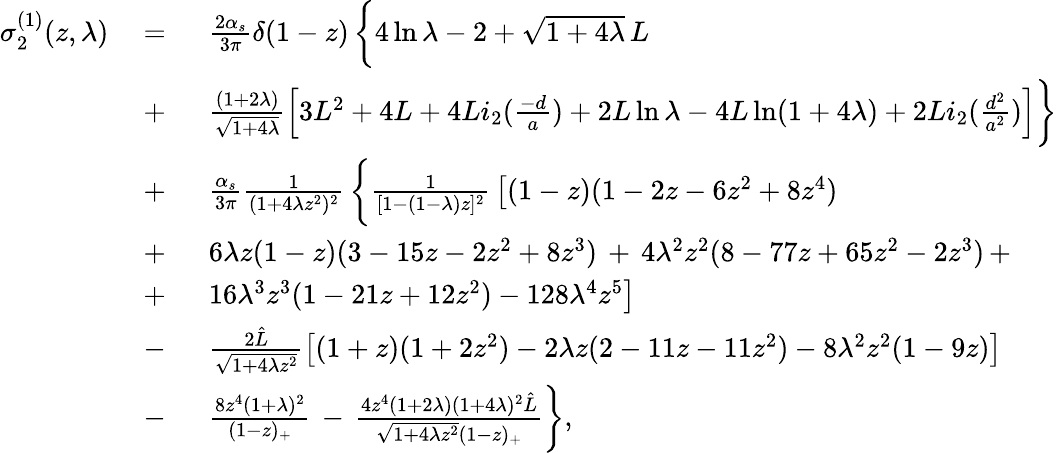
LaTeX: \begin{array}{lll}{{\sigma_{2}^{(1)}(z,\lambda)\ }}&{{=\ }}&{{\frac{2\alpha_{s}}{3\pi}\delta(1-z)\, \biggl\{ 4\ln\lambda-2+\sqrt{1+4\lambda}\, L}}\\ {{}}&{{+}}&{{\frac{(1+2\lambda)}{\sqrt{1+4\lambda}}\left[3L^{2}+4L+4Li_{2}(\frac{-d}{a})+2L\ln\lambda-4L\ln(1+4\lambda)+2Li_{2}(\frac{d^{2}}{a^{2}})\right]\biggr\} \, }}\\ {{}}&{{+}}&{{\frac{\alpha_{s}}{3\pi}\frac{1}{(1+4\lambda z^{2})^{2}}\, \biggl\{ \frac{1}{[1-(1-\lambda)z]^{2}}\, \bigl[(1-z)(1-2z-6z^{2}+8z^{4})\, }}\\ {{}}&{{+}}&{{6\lambda z(1-z)(3-15z-2z^{2}+8z^{3})\, +\, 4\lambda^{2}z^{2}(8-77z+65z^{2}-2z^{3})\, +}}\\ {{}}&{{+}}&{{16\lambda^{3}z^{3}(1-21z+12z^{2})-128\lambda^{4}z^{5}\bigr]}}\\ {{}}&{{-}}&{{\frac{2\hat{L}}{\sqrt{1+4\lambda z^{2}}}\bigl[(1+z)(1+2z^{2})-2\lambda z(2-11z-11z^{2})-8\lambda^{2}z^{2}(1-9z)\bigr]}}\\ {{}}&{{-}}&{{\frac{8z^{4}(1+\lambda)^{2}}{(1-z)_{+}}\, -\, \frac{4z^{4}(1+2\lambda)(1+4\lambda)^{2}\hat{L}}{\sqrt{1+4\lambda z^{2}}(1-z)_{+}}\biggr\} ,}}\end{array}